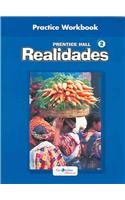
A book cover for Realidades 2 Practice Workbook; PRENTICE HALL; Teen & Young Adult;